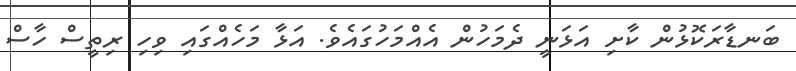
ބަނޑާރަކޮޅުން ކާށި އަޅަނީ ދެމަހުން އެއްމަހުގައެވެ. އަޅާ މަހެއްގައި ވިހި ރިތީސް ހާސް